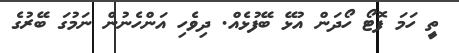
ތިީ ހަމަ ފޮޓޯ ހޯދަން އުޅޭ ބޭފުޅެއް. ދިވެހި އަންހެނުން ނަމުގަ ބޭރުގެ